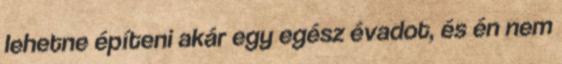
lehetne építeni akár egy egész évadot, és én nem